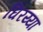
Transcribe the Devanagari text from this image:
घिरय्या